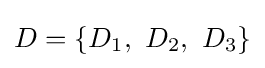
D=\{D_{1},\ D_{2},\ D_{3}\}